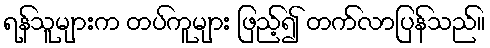
ရန်သူများက တပ်ကူများ ဖြည့်၍ တက်လာပြန်သည်။